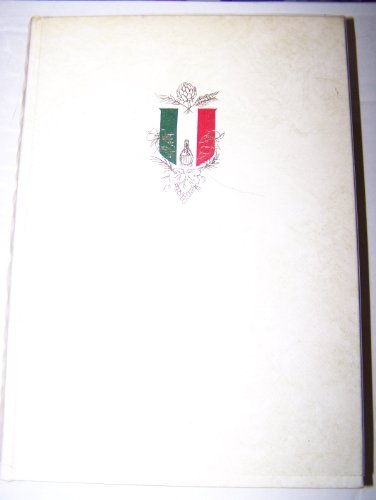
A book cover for Italian Bouquet: An Epicurean Tour of Italy; Samuel Chamberlain; Travel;